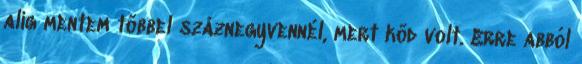
alig mentem többel száznegyvennél, mert köd volt. Erre abból